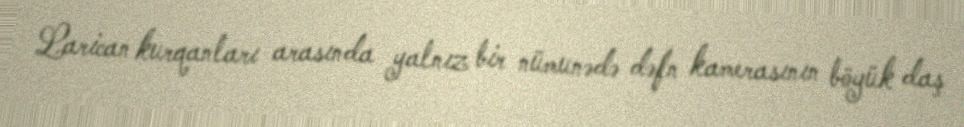
Larican kurqanları arasında yalnız bir nümunədə dəfn kamerasının böyük daş